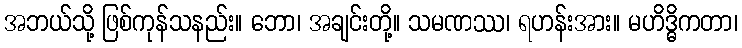
အဘယ်သို့ ဖြစ်ကုန်သနည်း။ ဘော၊ အချင်းတို့။ သမဏဿ၊ ရဟန်းအား။ မဟိဒ္ဓိကတာ၊